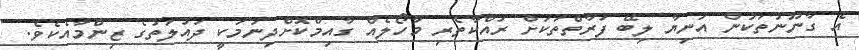
އެ ގާނޫނުތަކުން އަނިޔާ ލިބޭ ފަރާތްތަކަށް ރައްކާތެރި މާހޯލެއް ގާއިމްކޮށްދިނުމަކީ ދައުލަތުގެ ޒިންމާއެކެވެ.